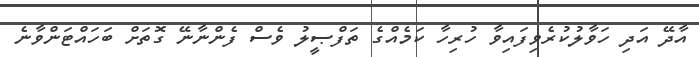
އާދޭ އަދި ހަވާލުކުރެވިފައިވާ ހުރިހާ ކަމެއްގެ ތަފްޞީލު ވެސް ފެންނާނޭ ގޮތަށް ބަހައްޓަންވާނެ